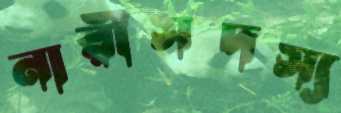
নারীসদস্য